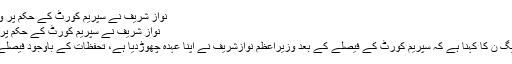
نواز شریف نے سپریم کورٹ کے حکم پر وزارتِ عظمیٰ چھوڑ دی -
نواز شریف نے سپریم کورٹ کے حکم پر وزارتِ عظمیٰ چھوڑ دی
اسلام آباد : ترجمان مسلم لیگ ن کا کہنا ہے کہ سپریم کورٹ کے فیصلے کے بعد وزیراعظم نوازشریف نے اپنا عہدہ چھوڑدیا ہے، تحفظات کے باوجود فیصلے پرعمل درآمد کریں گے۔